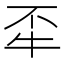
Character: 𤘮